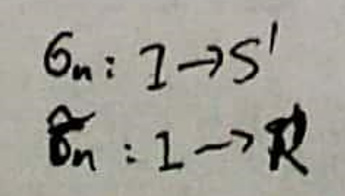
$g_n: I \to S^1$\\
$\hat{g}_n: I \to \mathbb{R}$